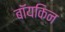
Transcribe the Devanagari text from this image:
बॉयकिन